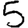
Digit: 5